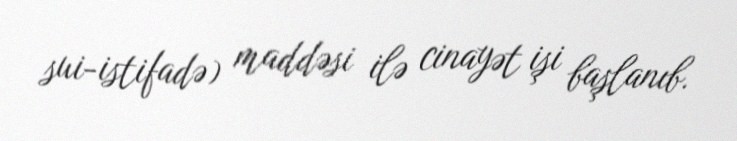
sui-istifadə) maddəsi ilə cinayət işi başlanıb.